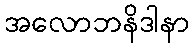
အလောဘနိဒါနာ